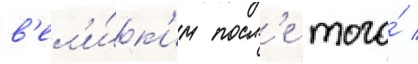
в'ел'и́к'им посл'е того́ /